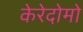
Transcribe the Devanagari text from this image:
केरेदोमो